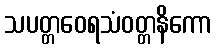
သပတ္တဝေရသံဝတ္တနိကော